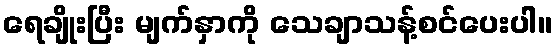
ရေချိုးပြီး မျက်နှာကို သေချာသန့်စင်ပေးပါ။